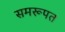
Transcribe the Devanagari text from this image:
समरूपत